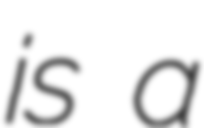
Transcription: is a